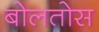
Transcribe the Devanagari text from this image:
बोलतोस